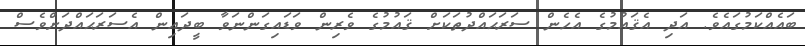
ބައެއްކަމުގައެވެ. އަދި އެޤައުމުގެ އެހެން ސަރަޙައްދުތަކަށް ޤައުމުގެ ވެރިން ވަޑައިގަންނަވާ ބީދައިން އެސަރަޙައްދަށްވެސް